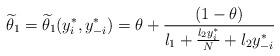
LaTeX: \begin{align*}\widetilde{\theta}_1=\widetilde{\theta}_1(y_i^{*}, y_{-i}^{*})=\theta+\frac{(1-\theta)}{l_1+\frac{l_2y_i^{*}}{N}+l_2y_{-i}^{*}}\end{align*}